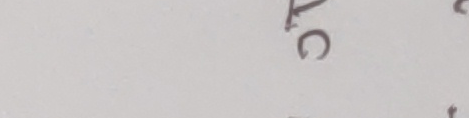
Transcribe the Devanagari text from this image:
अट